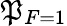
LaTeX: \mathfrak{P}_{F=1}